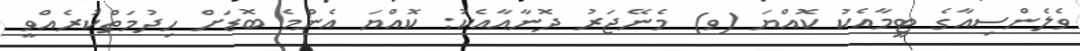
ވެލެންސިއާގެ ޓީމާއެކު ކޮއްޔަ (ވ) މެނޭޖަރު ދޮނާއާއެކު: ކޮއްޔަ އެންމެ ބޮޑަށް ހިދުމަތްކުރެއްވީ